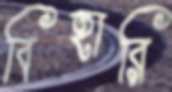
বিহারি